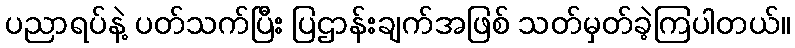
ပညာရပ်နဲ့ ပတ်သက်ပြီး ပြဌာန်းချက်အဖြစ် သတ်မှတ်ခဲ့ကြပါတယ်။